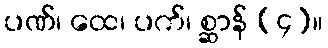
ပဏ်၊ ထေ၊ ပက်၊ စ္ဆာန် (၄)။